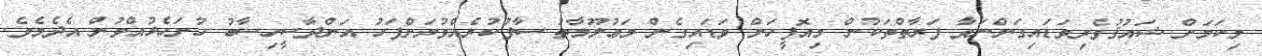
މިކަމަށް ޝައުޤުވެރިވަޑައިގަންނަވާ ފަރާތްތަކުން މިއޮފީހަށް ވަޑައިގެން މަޢުލޫމާތު ސާފުކުރެއްވުމަށްފަހު އަންދާސީހިސާބު ހުށަހެޅުއްވުން އެދެމެވެ.